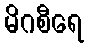
မိဂစီရေ